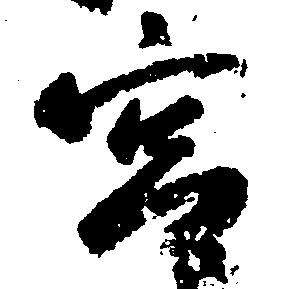
宮